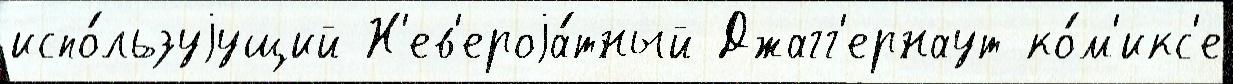
испо́льзуjущий Н'ев'ероjа́тный Джагг'ернаут ко́м'икс'е